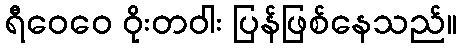
ရီဝေဝေ ဝိုးတဝါး ပြန်ဖြစ်နေသည်။